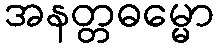
အနတ္တဓမ္မော